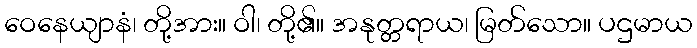
ဝေနေယျာနံ၊ တို့အား။ ဝါ၊ တို့၏။ အနုတ္တရာယ၊ မြတ်သော။ ပဌမာယ